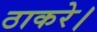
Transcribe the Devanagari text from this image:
ठाकरे।